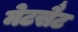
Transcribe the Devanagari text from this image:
मेटसैट